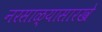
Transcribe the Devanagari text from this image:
नरसाळ्यासारखे